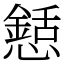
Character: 懖